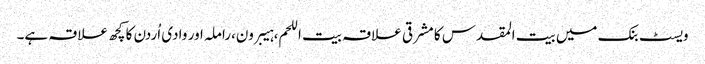
ویسٹ بنک میں بیت المقدس کا مشرقی علاقہ بیت اللحم،ہیبرون،راملہ اور وادی اُردن کا کچھ علاقہ ہے۔